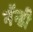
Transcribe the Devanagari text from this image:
नॅन्डी